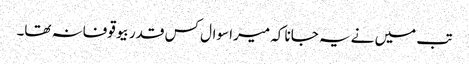
تب میں نے یہ جانا کہ میرا سوال کس قدر بیوقوفانہ تھا۔